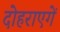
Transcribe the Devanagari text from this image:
दोहराएगें